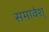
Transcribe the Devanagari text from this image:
समावेश्